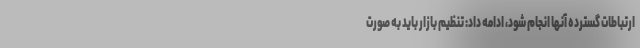
ارتباطات گسترده آنها انجام شود، ادامه داد: تنظیم بازار باید به صورت